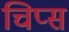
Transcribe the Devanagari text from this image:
चिप्‍स